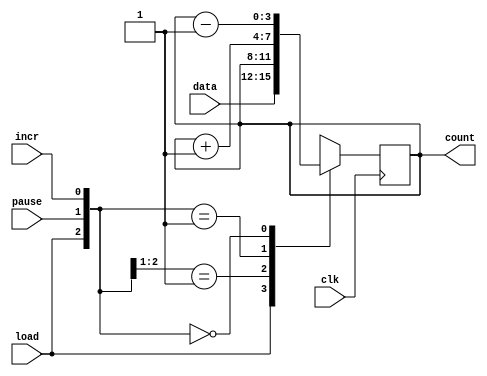
`timescale 1ns/10ps

module universal_counter(data, load, incr, pause, clk, count);
    input [3:0] data;  /* set initial value of the counter */
    input load;	       /* if load = 1, count[3:0] is set to data[3:0] the positive edge of the clock */	
    input incr;        /* up counting if incr = 1, down counting if incr = 0 */
    input pause;       /* counting suspended when pause = 1 */
    input clk;

    output [3:0] count;	 /* counter output */
    reg [3:0] count = 4'b0000;  /* register type variable and set initial value */

    always @(posedge clk) begin  // Counter operates at the positiv edges of the clock
        casex ({load, pause, incr})
            4'b1xx: count <= data;  // priority of control signals: clear > pause
            4'b01x: count <= count;
            4'b001: count <= count + 4'b0001;
            4'b000: count <= count - 4'b0001;
            default: count <= data;
        endcase
    end
endmodule